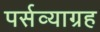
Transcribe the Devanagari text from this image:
पर्सव्याग्रह